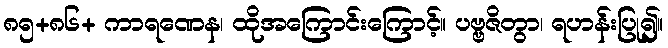
၈၅+၈၆+ ကာရဏေန၊ ထိုအကြောင်းကြောင့်။ ပဗ္ဗဇိတွာ၊ ရဟန်းပြု၍။